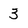
Character: 3